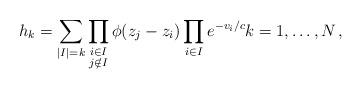
LaTeX: \begin{align*} h_k=\sum\limits_{\substack{|I|=k}}\prod\limits_{\substack{i\in I \\ j\notin I}}\phi(z_j-z_i)\prod_{i\in I}e^{-v_i/c}k=1,\dots,N\,,\end{align*}